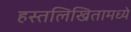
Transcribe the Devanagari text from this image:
हस्तलिखितामध्ये